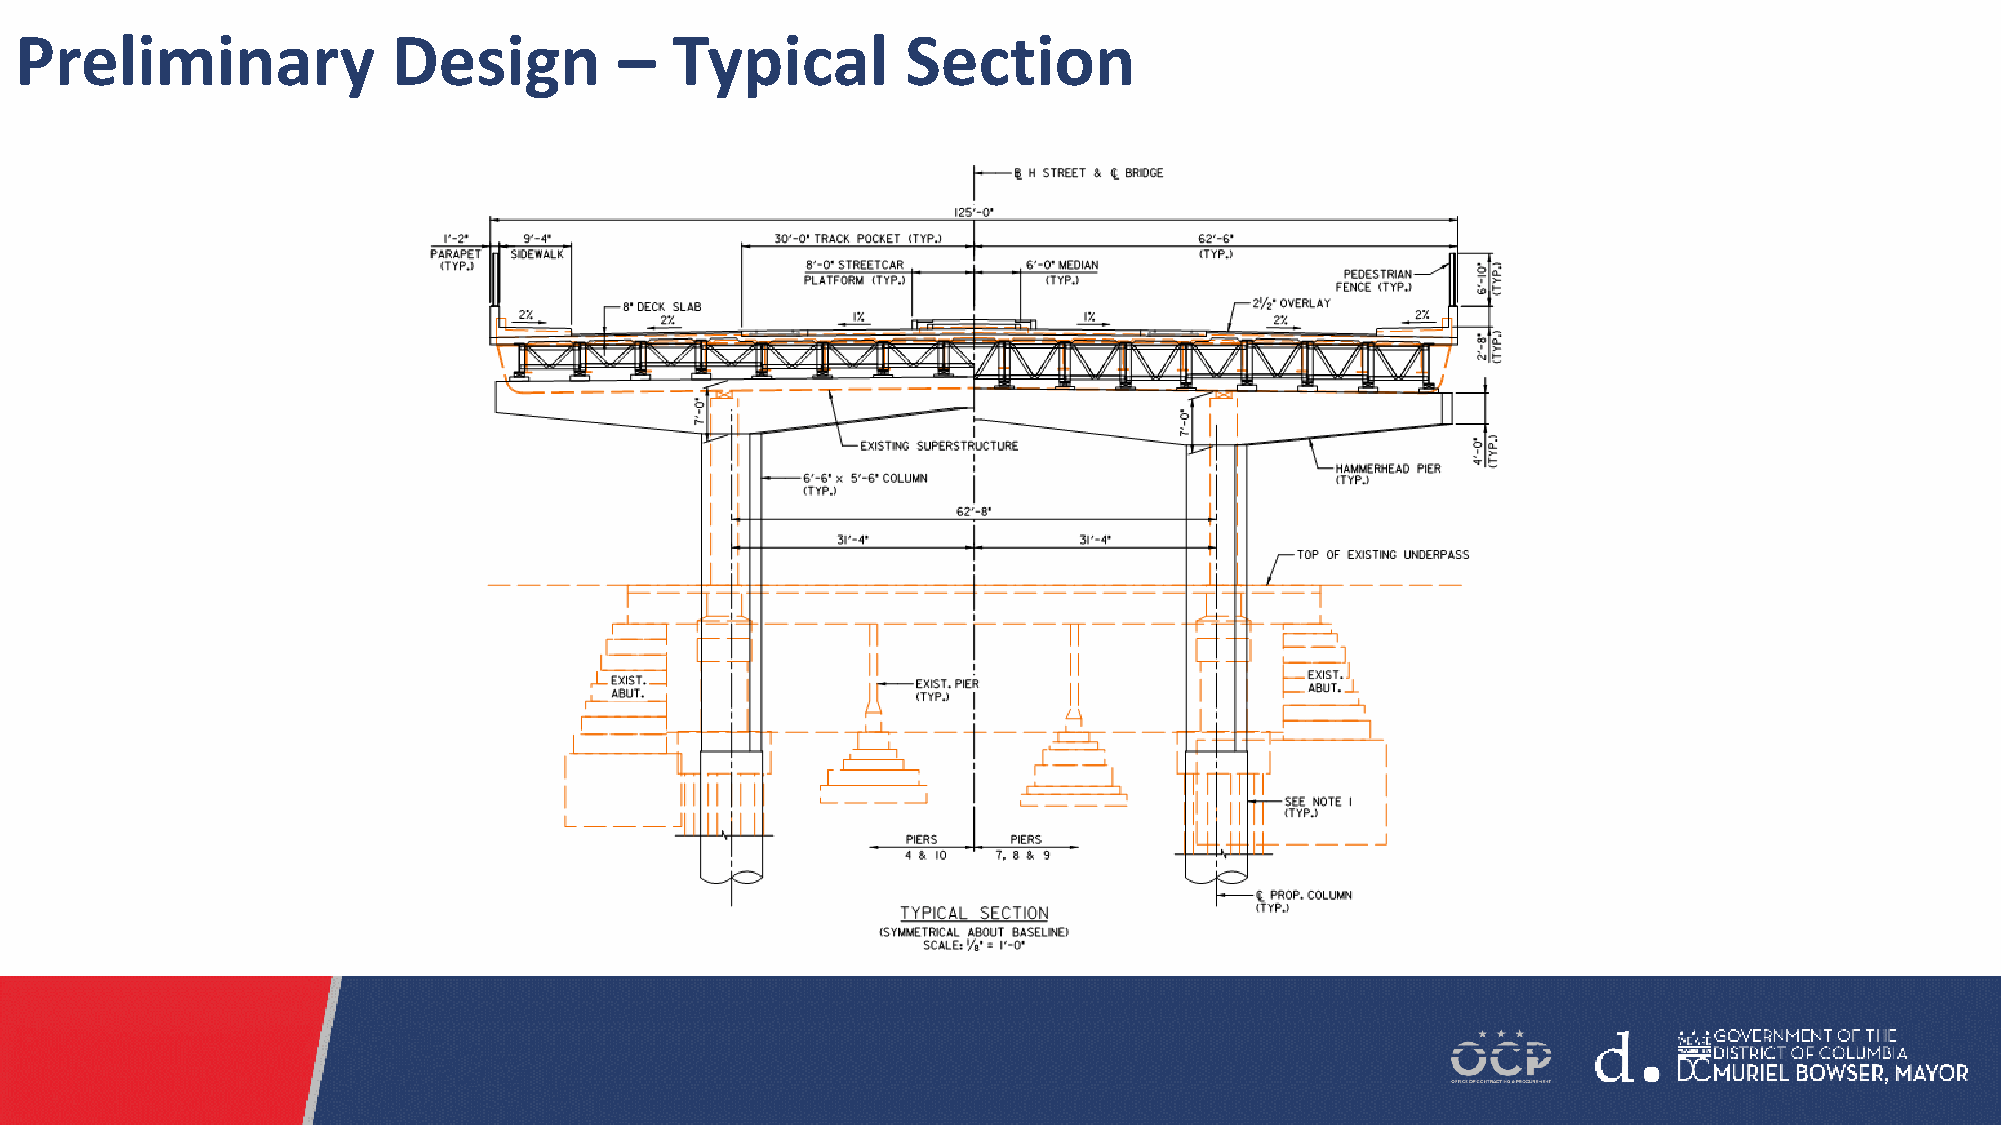
Preliminary              Design         –  Typical         Section